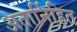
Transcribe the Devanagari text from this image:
अतार्निहित